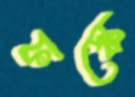
ফস্কে